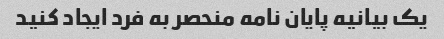
یک بیانیه پایان نامه منحصر به فرد ایجاد کنید